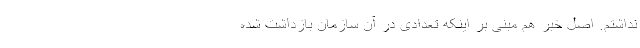
نداشتم. اصل خبر هم مبنی بر اینکه تعدادی در آن سازمان بازداشت شده